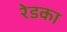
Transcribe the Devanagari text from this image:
रेडका